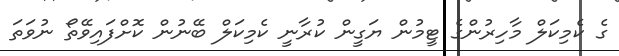
ގެ ކެމިކަލް މާހިރުންގެ ޓީމުން ޔަގީން ކުރާނީ ކެމިކަލް ބޭނުން ކޮށްފައިވޭތޯ ނުވަތަ